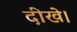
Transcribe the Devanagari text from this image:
दीखे।